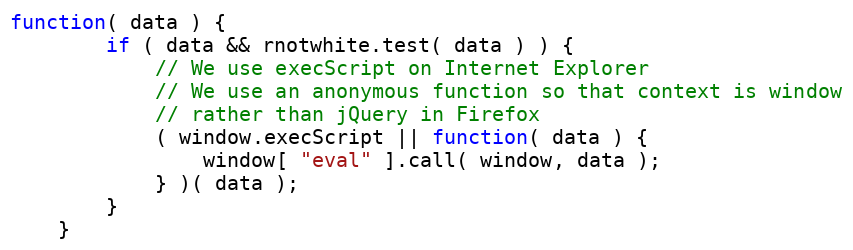
Language: JavaScript
function( data ) {
		if ( data && rnotwhite.test( data ) ) {
			// We use execScript on Internet Explorer
			// We use an anonymous function so that context is window
			// rather than jQuery in Firefox
			( window.execScript || function( data ) {
				window[ "eval" ].call( window, data );
			} )( data );
		}
	}